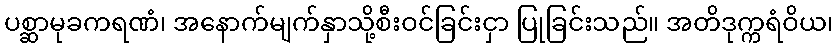
ပစ္ဆာမုခကရဏံ၊ အနောက်မျက်နှာသို့စီးဝင်ခြင်းငှာ ပြုခြင်းသည်။ အတိဒုက္ကရံဝိယ၊